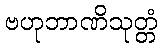
ဗဟုဘာဏိသုတ္တံ